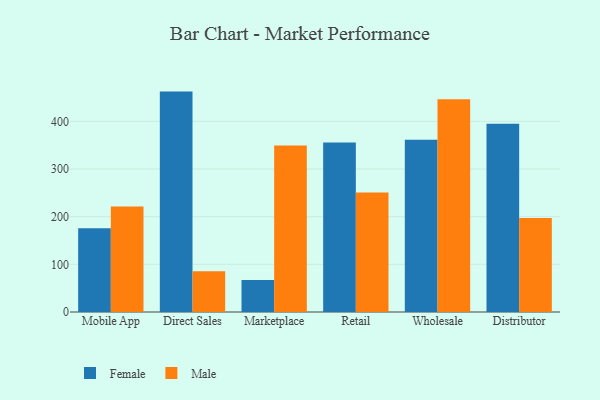
{"axis": {"x": "Channel", "y": "Demand Index"}, "legend": ["Female", "Male"], "data": [{"x": "Mobile App", "y": 175.8, "type": "Female"}, {"x": "Mobile App", "y": 221.3, "type": "Male"}, {"x": "Direct Sales", "y": 462.5, "type": "Female"}, {"x": "Direct Sales", "y": 85.3, "type": "Male"}, {"x": "Marketplace", "y": 67.1, "type": "Female"}, {"x": "Marketplace", "y": 349.3, "type": "Male"}, {"x": "Retail", "y": 355.7, "type": "Female"}, {"x": "Retail", "y": 250.6, "type": "Male"}, {"x": "Wholesale", "y": 361.4, "type": "Female"}, {"x": "Wholesale", "y": 446.3, "type": "Male"}, {"x": "Distributor", "y": 395.1, "type": "Female"}, {"x": "Distributor", "y": 197.5, "type": "Male"}]}